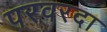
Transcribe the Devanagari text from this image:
परवरदा